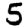
Digit: 5